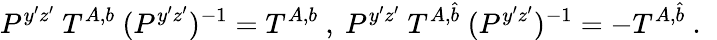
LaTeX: P^{y^{\prime}z^{\prime}}~T^{A,b}~(P^{y^{\prime}z^{\prime}})^{-1}=T^{A,b}~,~P^{y^{\prime}z^{\prime}}~T^{A,\hat{b}}~(P^{y^{\prime}z^{\prime}})^{-1}=-T^{A,\hat{b}}~.~\,